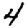
Digit: 4